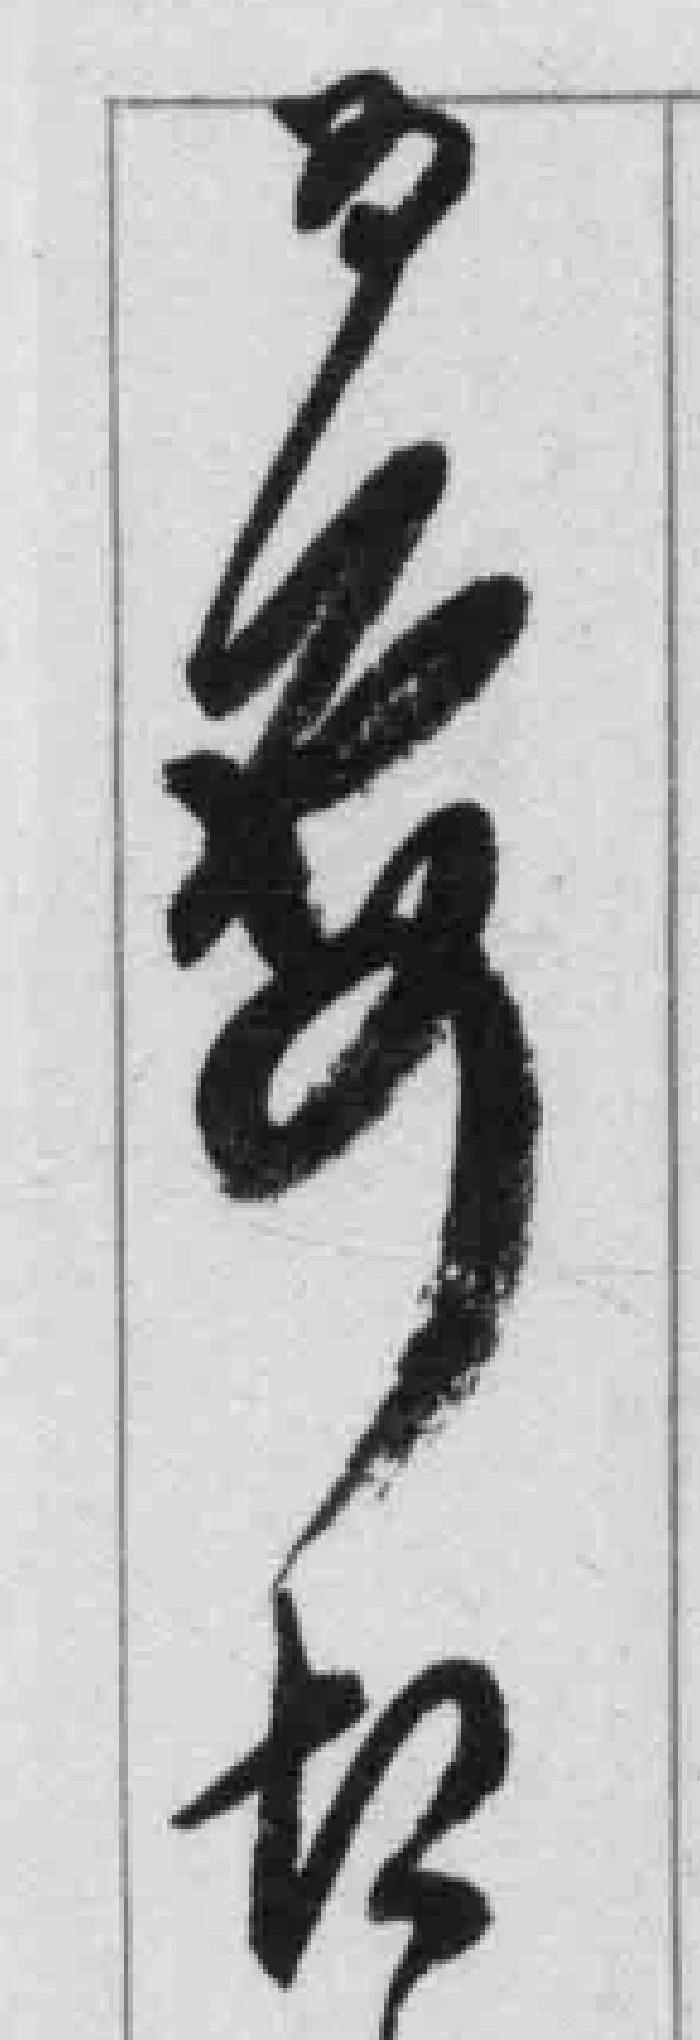
为要切